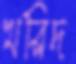
খরিদ